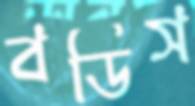
বডিস